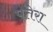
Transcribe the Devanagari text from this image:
पतेरा